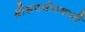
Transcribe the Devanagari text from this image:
श्रीरूपगोस्वामी